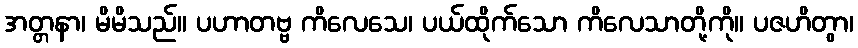
အတ္တနာ၊ မိမိသည်။ ပဟာတဗ္ဗ ကိလေသေ၊ ပယ်ထိုက်သော ကိလေသာတို့ကို။ ပဇဟိတွာ၊